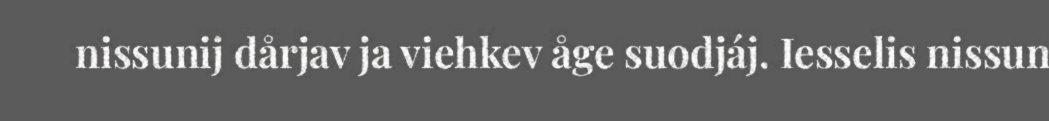
nissunij dårjav ja viehkev åge suodjáj. Iesselis nissun